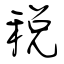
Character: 稅